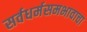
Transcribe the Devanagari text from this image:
सर्वधर्मसमभावाचा